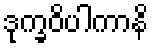
ဒုက္ခဝိပါကာနိ